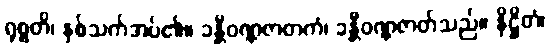
ရုစ္စတိ၊ နှစ်သက်အပ်၏။ ခန္တီဝဏ္ဏဇာတကံ၊ ခန္တီဝဏ္ဏဇာတ်သည်။ နိဋ္ဌိတံ၊